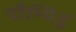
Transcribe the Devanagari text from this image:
पौम्पिडू